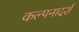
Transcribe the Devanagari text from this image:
कल्पनादर्श